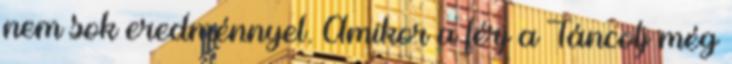
nem sok eredménnyel. Amikor a férj a Táncolj még